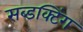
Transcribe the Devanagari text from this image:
सब्डक्टिंग